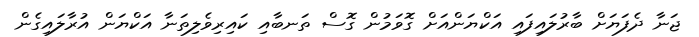
ޖަނާ ދެފަޔަށް ބާރުލައިފައި އަކްޔަންއަށް ގޮވަމުން ގޮސް ތަނބާއި ކައިރިވެލިތަނާ އަކްޔަން އުރާލައިގެން